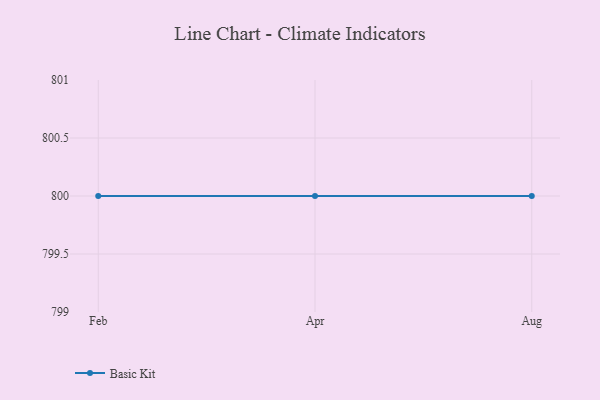
{"axis": {"x": "Month", "y": "Website Visitors"}, "legend": ["Basic Kit"], "data": [{"x": "Feb", "y": 800, "type": "Basic Kit"}, {"x": "Apr", "y": 800, "type": "Basic Kit"}, {"x": "Aug", "y": 800, "type": "Basic Kit"}]}